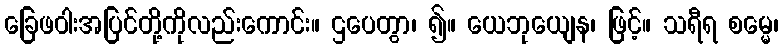
ခြေဖဝါးအပြင်တို့ကိုလည်းကောင်း။ ဌပေတွာ၊ ၍။ ယေဘုယျေန၊ ဖြင့်။ သရီရ စမ္မေ၊